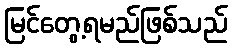
မြင်တွေ့ရမည်ဖြစ်သည်